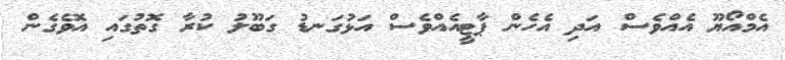
އެމްއޯޔޫ އެއްވެސް އަދި އެހެން ޕާޓީއެއްވެސް އަޅުގަނޑު ގަބޫލު ކުރާ ގޮތުގައި އޮވެގެން